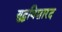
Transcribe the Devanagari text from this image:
युद्धविशारद